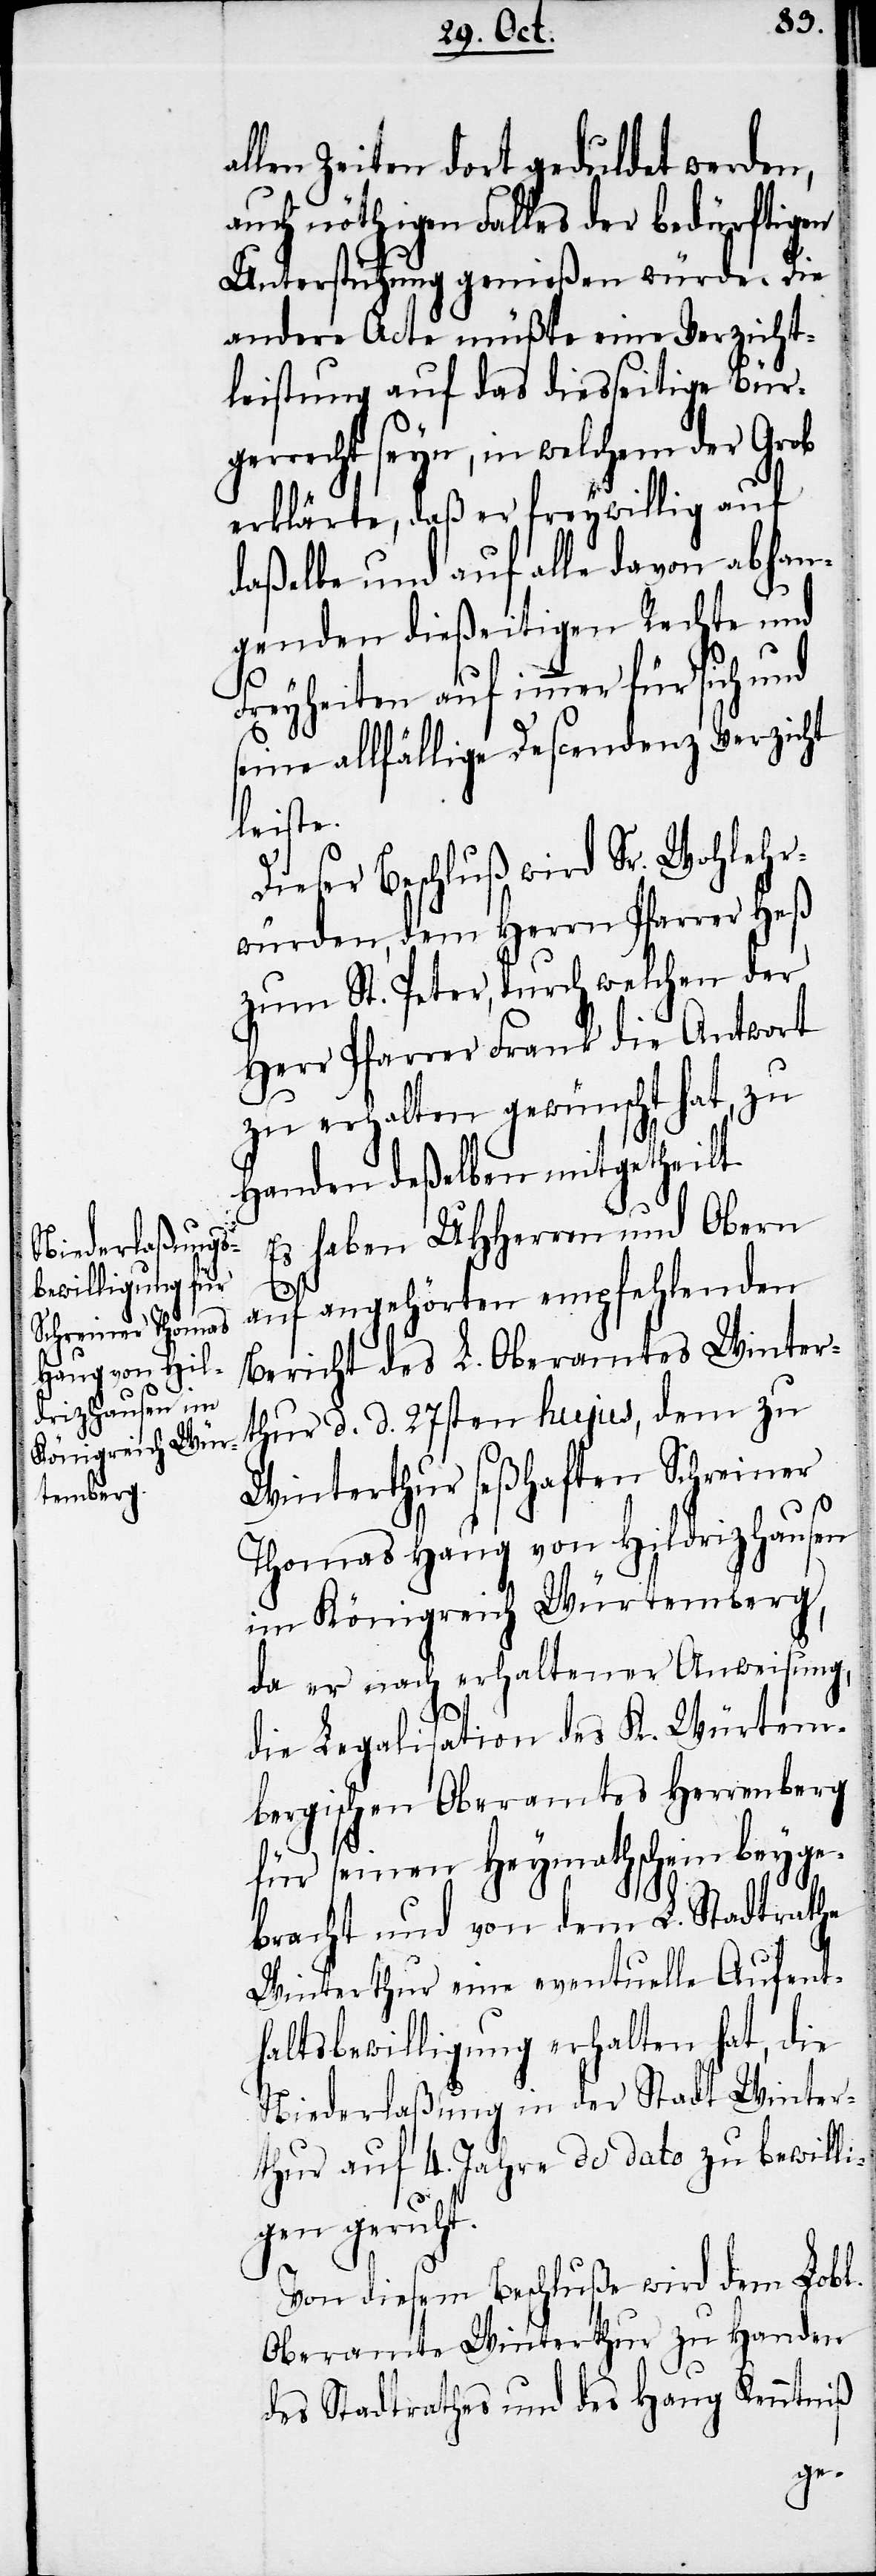
llen Zeiten dort geduldet werden,
auch nöthigen Falles der bedürftigen
Unterstützung genießen würde. Die
andere Acte müßte eine Verzicht¬
leistung auf das diesseitige Bür¬
gerrecht seyn, in welchem der Grob
erklärte, daß er freywillig auf
daßelbe und auf alle davon abhan¬
genden dießeitigen Rechte und
Freyheiten auf immer für sich und
seine allfällige Descendenz Verzicht
leiste.
Dieser Beschluß wird Sr. Wohlehr¬
würden, dem Herrn Pfarrer Heß
zum St. Peter, durch welchen der
Herr Pfarrer Frank die Antwort
zu erhalten gewünscht hat, zu
Handen deßelben mitgetheilt.
Es haben UHHerren und Obern
auf angehörten empfehlenden
Bericht des L. Oberamtes Winter¬
thur d. d. 27sten hujus, dem zu
Winterthur seßhaften Schreiner
Thomas Haug von Hildrizhausen
im Königreich Würtemberg,
da er nach erhaltener Anweisung,
die Legalisation des K. Würtem¬
bergischen Oberamtes Herrenberg
für seinen Heymathschein beyge¬
a¬
bracht und von dem L. Stadtrathe
Winterthur eine eventuelle Aufent¬
haltsbewilligung erhalten hat, die
Niederlaßung in der Stadt Winter¬
thur auf 4. Jahre de dato zu bewilli¬
gen geruht.
Von diesem Beschluße wird dem Lobl.
Oberamte Winterthur zu Handen
des Stadtrathes und des Haug Kenntniß